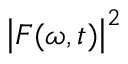
\left| F ( \omega , t ) \right| ^ { 2 }